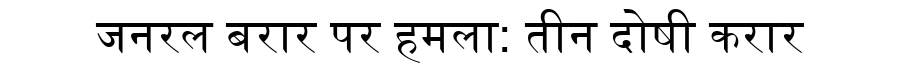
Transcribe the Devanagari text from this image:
जनरल बरार पर हमला: तीन दोषी करार